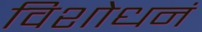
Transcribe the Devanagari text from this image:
विशोधनं